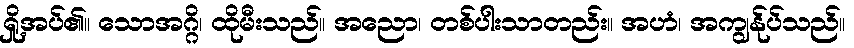
ရှို့အပ်၏။ သောအဂ္ဂိ၊ ထိုမီးသည်။ အညော၊ တစ်ပါးသာတည်း။ အဟံ၊ အကျွန်ုပ်သည်။